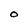
Character: O